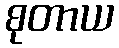
စုတာယ